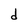
Character: d